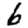
Digit: 6